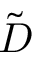
\tilde { D }